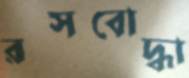
রসবোদ্ধা